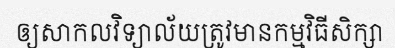
ឲ្យសាកលវិទ្យាល័យត្រូវមានកម្មវិធីសិក្សា